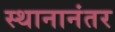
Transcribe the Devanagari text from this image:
स्थानानंतर